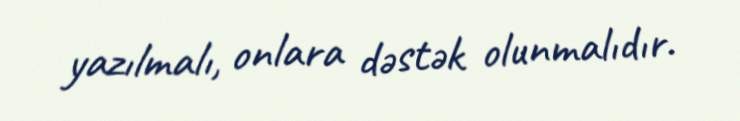
yazılmalı, onlara dəstək olunmalıdır.